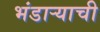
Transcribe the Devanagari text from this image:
भंडार्‍याची